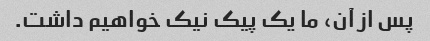
پس از آن، ما یک پیک نیک خواهیم داشت.